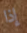
إذا